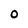
Character: O